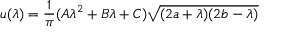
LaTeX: u ( \lambda ) = \frac { 1 } { \pi } ( A \lambda ^ { 2 } + B \lambda + C ) \sqrt { ( 2 a + \lambda ) ( 2 b - \lambda ) }